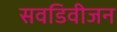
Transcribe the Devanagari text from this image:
सवडिवीजन